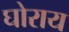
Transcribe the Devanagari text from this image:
घोराय